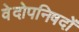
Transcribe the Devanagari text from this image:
वेदोपनिषदों